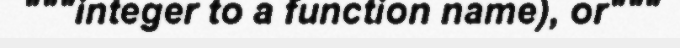
"""integer to a function name), or"""